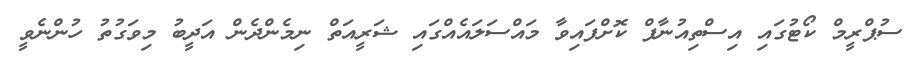
ސުޕްރީމް ކޯޓުގައި އިސްތިއުނާފް ކޮށްފައިވާ މައްސަލައެއްގައި ޝަރީއަތް ނިމެންދެން އަދީބު މިވަގުތު ހުންނެވީ